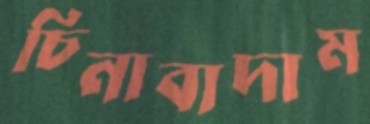
চিনাবাদাম